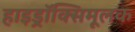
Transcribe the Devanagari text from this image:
हाइड्रॉक्सिमूलक